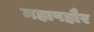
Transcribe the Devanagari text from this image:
महापहौर